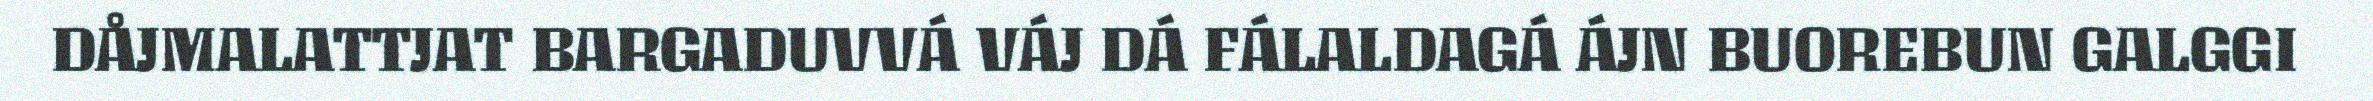
DÅJMALATTJAT BARGADUVVÁ VÁJ DÁ FÁLALDAGÁ ÁJN BUOREBUN GALGGI